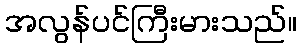
အလွန်ပင်ကြီးမားသည်။